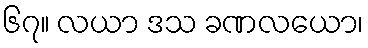
၆၇။ လယာ ဒသ ခဏလယော၊